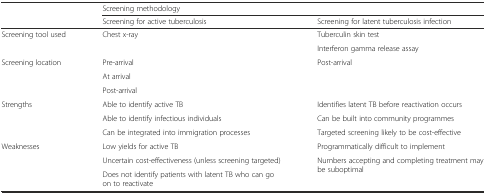
<table><thead><tr><td></td><td colspan="2"><b>Screening methodology</b></td></tr><tr><td></td><td><b>Screening for active tuberculosis</b></td><td><b>Screening for latent tuberculosis infection</b></td></tr></thead><tbody><tr><td rowspan="2">Screening tool used</td><td rowspan="2">Chest x-ray</td><td>Tuberculin skin test</td></tr><tr><td>Interferon gamma release assay</td></tr><tr><td rowspan="3">Screening location</td><td>Pre-arrival</td><td rowspan="3">Post-arrival</td></tr><tr><td>At arrival</td></tr><tr><td>Post-arrival</td></tr><tr><td rowspan="3">Strengths</td><td>Able to identify active TB</td><td>Identifies latent TB before reactivation occurs</td></tr><tr><td>Able to identify infectious individuals</td><td>Can be built into community programmes</td></tr><tr><td>Can be integrated into immigration processes</td><td>Targeted screening likely to be cost-effective</td></tr><tr><td rowspan="3">Weaknesses</td><td>Low yields for active TB</td><td>Programmatically difficult to implement</td></tr><tr><td>Uncertain cost-effectiveness (unless screening targeted)</td><td rowspan="2">Numbers accepting and completing treatment may be suboptimal</td></tr><tr><td>Does not identify patients with latent TB who can go on to reactivate</td></tr></tbody></table>